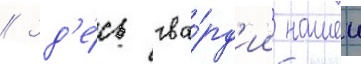
// Зд'е́сь гва́рд'ии нашеи